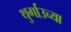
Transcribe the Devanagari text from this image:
थुर्गाउच्या